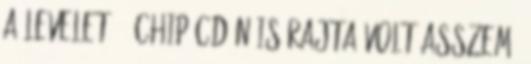
a levelet. . Chip CD-n is rajta volt asszem.